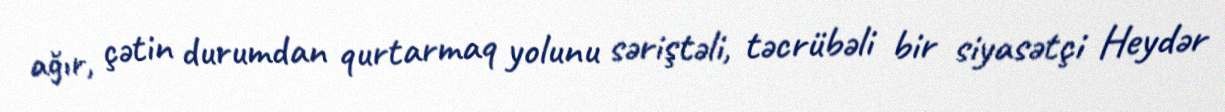
ağır, çətin durumdan qurtarmaq yolunu səriştəli, təcrübəli bir siyasətçi Heydər